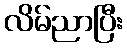
လိမ်ညာပြီး